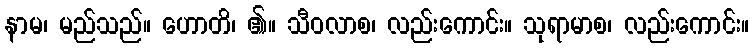
နာမ၊ မည်သည်။ ဟောတိ၊ ၏။ သီဝလာစ၊ လည်းကောင်း။ သုရာမာစ၊ လည်းကောင်း။